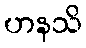
ဟနသိ